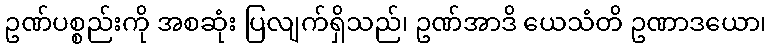
ဥဏ်ပစ္စည်းကို အစဆုံး ပြလျက်ရှိသည်၊ ဥဏ်အာဒိ ယေသံတိ ဥဏာဒယော၊